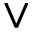
\vee